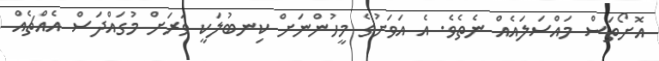
އޮށޯތަސް މައްސަލައެއް ނެތެވެ. އެ އަވަށުގެ މީހުންނަށް ކިނބުލަކީ ވަރަށް މުގައްދަސް އެއްޗެއް